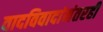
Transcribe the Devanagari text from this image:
वादविवादांनंतरही